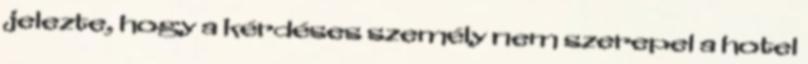
jelezte, hogy a kérdéses személy nem szerepel a hotel